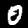
Digit: 0